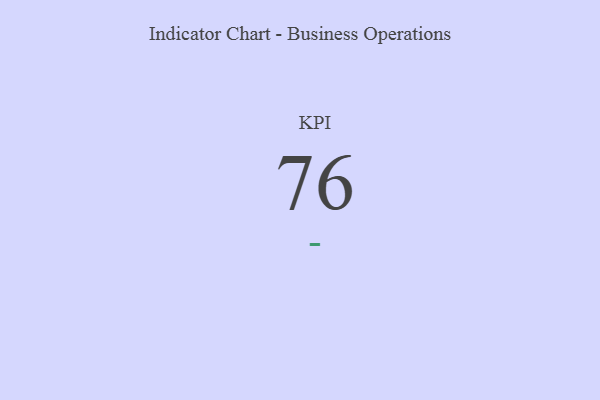
{"axis": {"x": "KPI", "y": "Value"}, "legend": [""], "data": [{"x": "KPI", "y": 76, "type": ""}]}